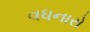
વધનારો